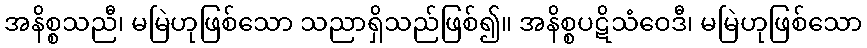
အနိစ္စသညီ၊ မမြဲဟုဖြစ်သော သညာရှိသည်ဖြစ်၍။ အနိစ္စပဋိသံဝေဒီ၊ မမြဲဟုဖြစ်သော